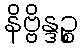
နိဗ္ဗိန္ဒဉ္စ